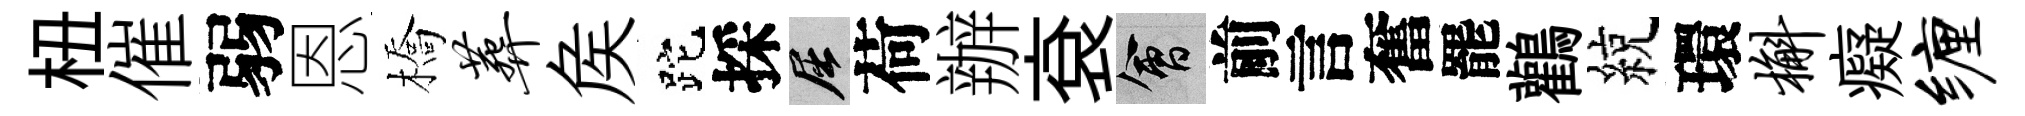
杻催弱恩橋葬矦跎採屈荷辦袞會前言奮罷鸛綂環槲癡缠